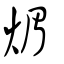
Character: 煝